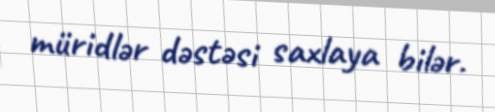
müridlər dəstəsi saxlaya bilər.